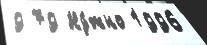
9 79 Ну́жно 1996